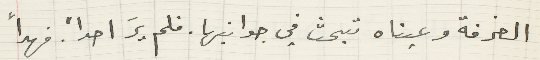
الغرفة وعيناه تبحث في جوانبها . فلم يرَ احداً فهدأ